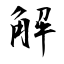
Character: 解